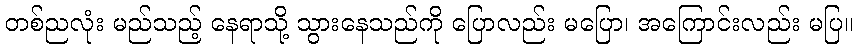
တစ်ညလုံး မည်သည့် နေရာသို့ သွားနေသည်ကို ပြောလည်း မပြော၊ အကြောင်းလည်း မပြ။